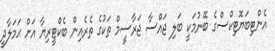
އެންޓިބަޔޮޓިކްސްގެ ބޭނުމަކީ ބަލި ޖައްސާ ޖަރާސީމް ތަކުގެ ތެރެއިން ބެކްޓީރިޔާ އަށް ޙަމަލާދީ